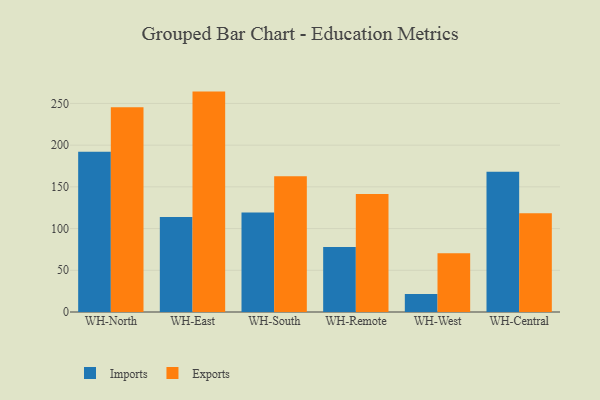
{"axis": {"x": "Warehouse", "y": "Humidity (%)"}, "legend": ["Exports", "Imports"], "data": [{"x": "WH-North", "y": 192.0, "type": "Imports"}, {"x": "WH-North", "y": 245.5, "type": "Exports"}, {"x": "WH-East", "y": 114.0, "type": "Imports"}, {"x": "WH-East", "y": 264.2, "type": "Exports"}, {"x": "WH-South", "y": 119.2, "type": "Imports"}, {"x": "WH-South", "y": 162.8, "type": "Exports"}, {"x": "WH-Remote", "y": 77.9, "type": "Imports"}, {"x": "WH-Remote", "y": 141.5, "type": "Exports"}, {"x": "WH-West", "y": 21.6, "type": "Imports"}, {"x": "WH-West", "y": 70.3, "type": "Exports"}, {"x": "WH-Central", "y": 168.0, "type": "Imports"}, {"x": "WH-Central", "y": 118.5, "type": "Exports"}]}